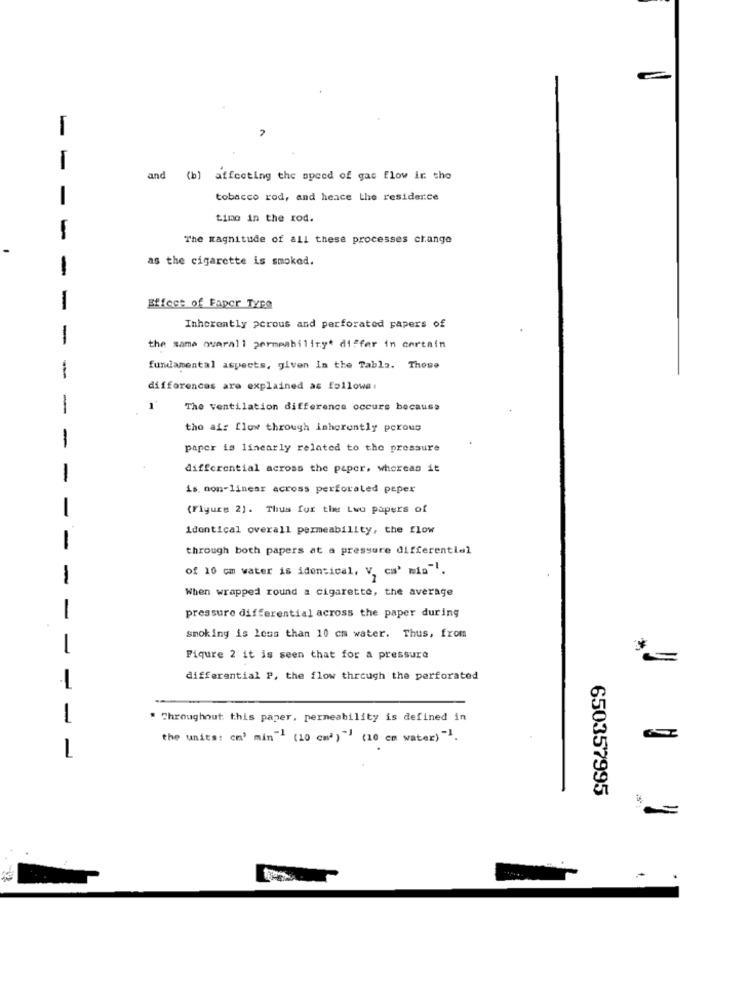
and
(b) affecting the speed of gas flow in the
-
tobacco rod, and hence the resider.ce
timo in the rod.
The magnitude of all these processes change
-
as the cigarette is smoked.
1
1
Effect of Faper Type
Inherently pcrous and perforated papers of
1
the same overall permeability* differ in certain
1
fundamental aspects, given In the Tabla. These
differences are explained as follows:
1
The ventilation difference occurs because
the air flow through inherently porous
1
paper is linearly related to the pressure
differential across the paper, whereas it
-
is. non-linear across perforated peper
-
(Figure 2). Thus for the Lwo papers of
Identical overall permeability, the flow
-
through both papers at a pressure differential
1
of 10 cm water is identical, V, ca' mia" !.
When wrapped round a cigarette, the average
-
pressure differential across the paper during
smoking is less than 10 cm water. Thus, from
-
Figure 2 it is seen that for a pressure
differential P, the flow through the perforated
-
-
" Throughout this paper, permeability is defined in
the units: cm' min-1 (10 cm') ") (10 cm water) ".
1
650357995